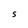
Character: S